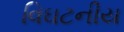
વિઘટનીય